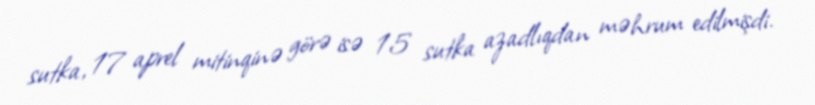
sutka, 17 aprel mitinqinə görə isə 15 sutka azadlıqdan məhrum edilmişdi.